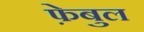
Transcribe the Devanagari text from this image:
फ़ेबुल